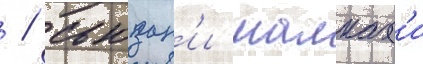
 / сьюзан'и малках'и